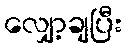
လျှော့ချပြီး